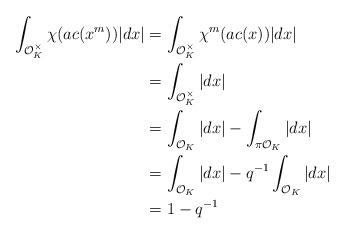
LaTeX: \begin{align*}\int_{\mathcal{O}_K^{\times}}{\chi(ac (x^m))|dx|}&=\int_{\mathcal{O}_K^{\times}}{\chi^m(ac (x))|dx|}\\&=\int_{\mathcal{O}_K^{\times}}{|dx|}\\&=\int_{\mathcal{O}_K}{|dx|}-\int_{\pi\mathcal{O}_K}{|dx|}\\&=\int_{\mathcal{O}_K}{|dx|}-q^{-1}\int_{\mathcal{O}_K}{|dx|}\\&=1-q^{-1}\end{align*}